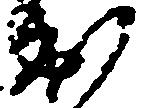
出